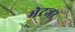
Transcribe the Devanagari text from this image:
मेटजर